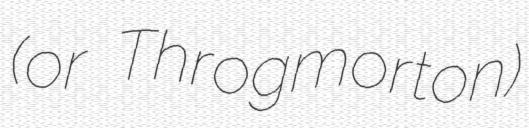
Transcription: (or Throgmorton)